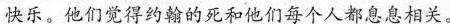
快乐。他们觉得约翰的死和他们每个人都息息相关。